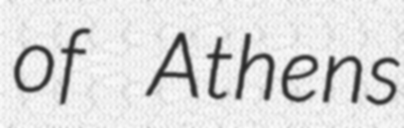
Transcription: of Athens